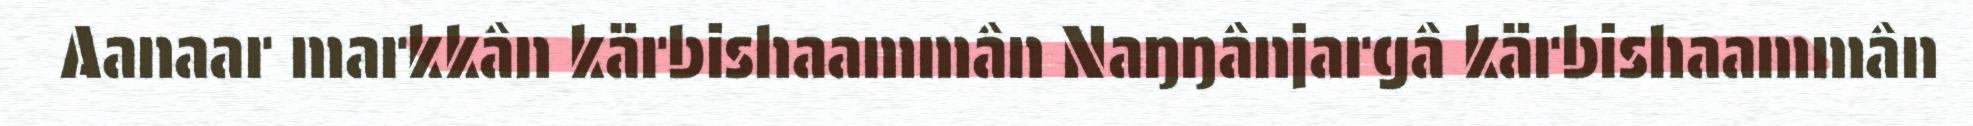
Aanaar markkân kärbishaammân Naŋŋânjargâ kärbishaammân